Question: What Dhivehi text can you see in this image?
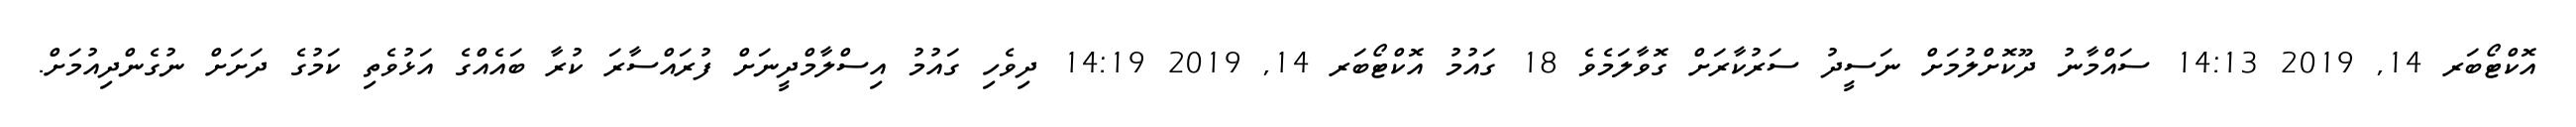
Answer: އޮކްޓޯބަރ 14, 2019 14:13 ސައްމާނު ދޫކޮށްލުމަށް ނަސީދު ސަރުކާރަށް ގޮވާލަމެވެ 18 ގައުމު އޮކްޓޯބަރ 14, 2019 14:19 ދިވެހި ގައުމު އިސްލާމްދީނަށް ފުރައްސާރަ ކުރާ ބައެއްގެ އަޅުވެތި ކަމުގެ ދަށަށް ނުގެންދިއުމަށް.